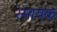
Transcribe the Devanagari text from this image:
रसायक